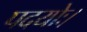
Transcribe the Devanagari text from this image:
पदयोः।